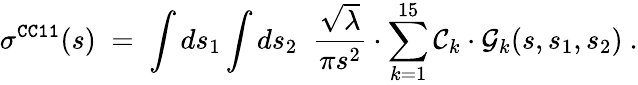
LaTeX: \sigma^{\tt CC11}(s)\; =\; \int ds_{1}\int ds_{2}\; \; \frac{\sqrt{\lambda}}{\pi s^{2}}\cdot\sum_{k=1}^{15}{\cal C}_{k}\cdot{\cal G}_{k}(s,s_{1},s_{2})~.